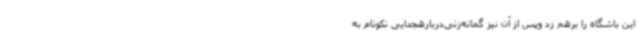
این باشگاه را برهم زد وپس از آن نیز گمانه‌زنی‌دربارهجدایی نکونام به